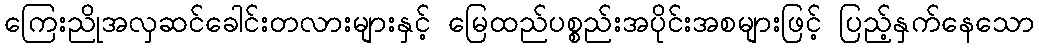
ကြေးညိုအလှဆင်ခေါင်းတလားများနှင့် မြေထည်ပစ္စည်းအပိုင်းအစများဖြင့် ပြည့်နှက်နေသော